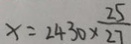
x = 2 4 3 0 \times \frac { 2 5 } { 2 7 }